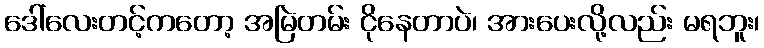
ဒေါ်လေးတင့်ကတော့ အမြဲတမ်း ငိုနေတာပဲ၊ အားပေးလို့လည်း မရဘူး၊